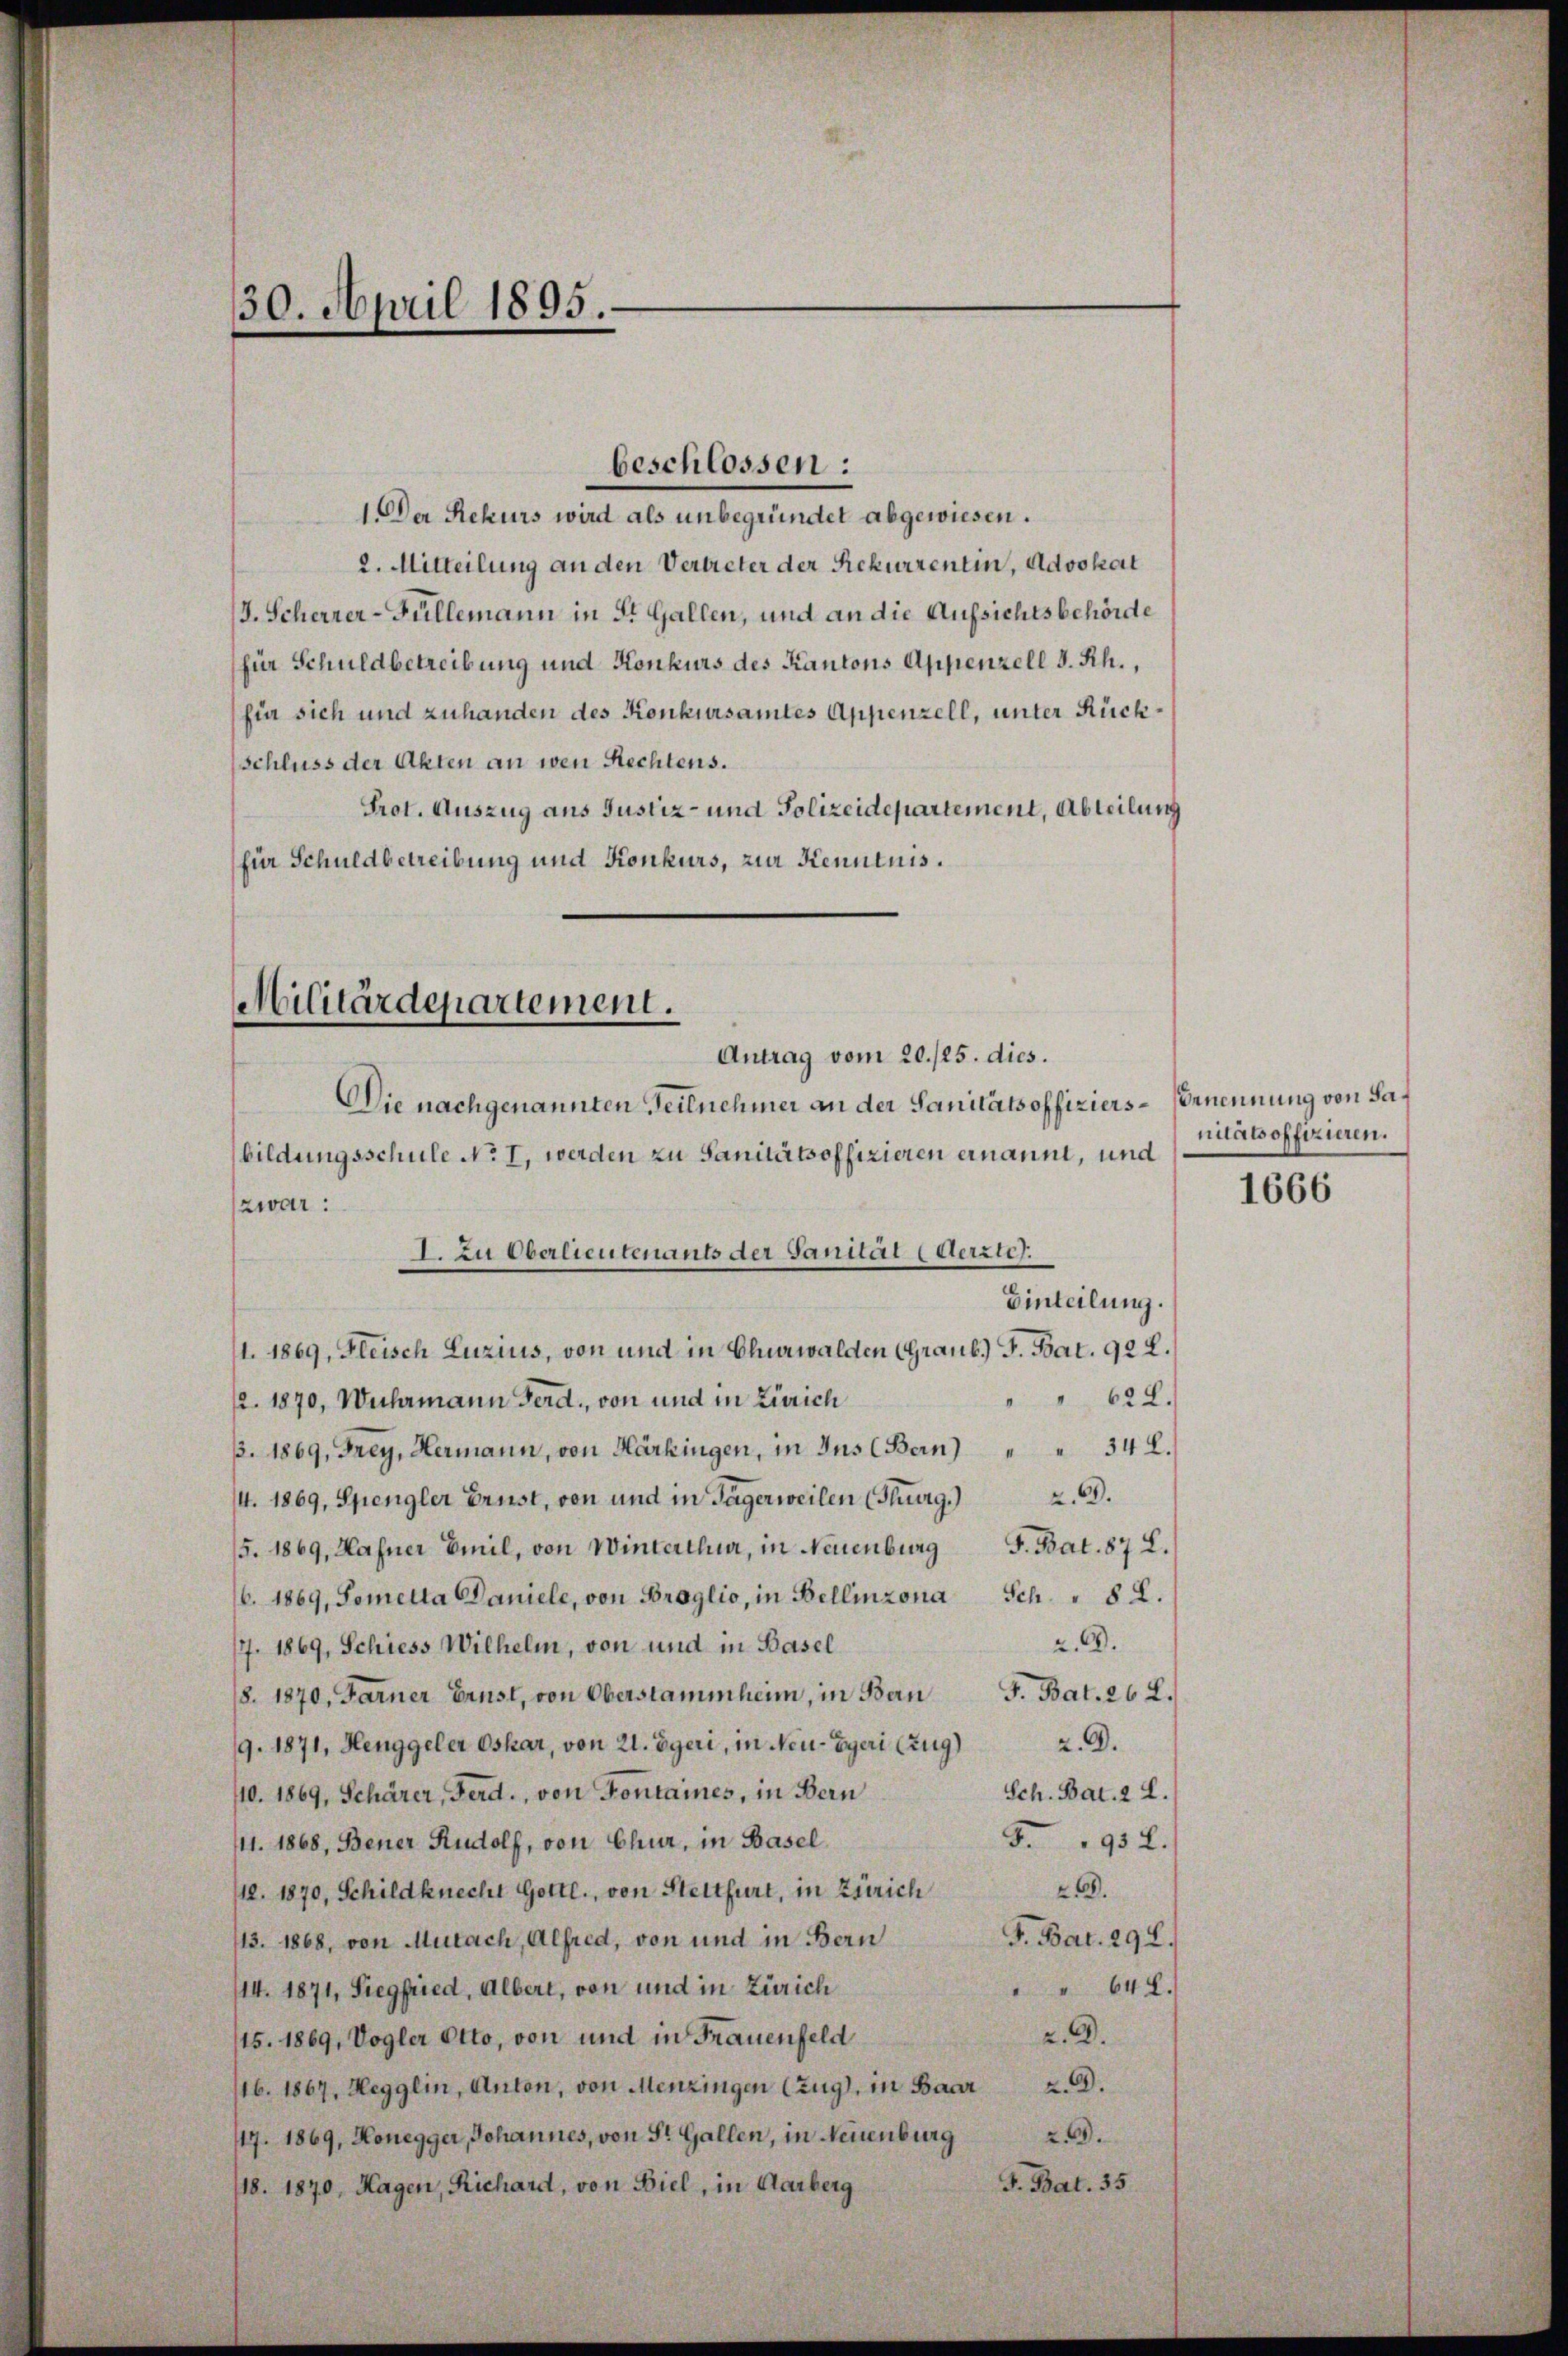
30. April 1895.

1 Der Rekurs wird als unbegründet abgewiesen.
2. Mitteilung an den Vertreter der Rekurrentin, Advokat
J. Scherrer-Füllemann in St. Gallen, und an die Aufsichtsbehörde
für Schuldbetreibung und Konkurs des Kantons Appenzell d. Rh.,
für sich und zuhanden des Konkursamtes Appenzell, unter Rück¬
(schluss der Akten an wen Rechtens.
Prot. Auszug aus Justiz- und Polizeidepartement, Abteilung
für Schuldbetreibung und Konkurs, zur Kenntnis.

Militärdepartement.
Antrag vom 20./25. dies.

zwar:

beschlossen:

Die nachgenannten Teilnehmer an der Sanitätsoffiziers-Ernennung von Sabildungsschule No. I, werden zu Sanitätsoffizieren ernannt, und
I. Zu Oberlieutenants der Sanital (Aerzte.
Einteilung.
1. 1869, Fleisch Luzius, von und in Churwalden (Graub. F. Bat. 922.
622.
12. 1870, Wuhrmann Ferd., von und in Zürich
/. 1869, Frey, Hermann, von Härkingen, in Ins (Bern) " " 342.
/4. 1869, Spengler Ernst, von und in Tägerweilen (Thurg. 23.
5. 1869, Hafner Emil, von Winterthur, in Neuenburg S. Bat. 87 L.
6. 1869, Sometta Daniele, von Broglio, in Bellinzona Sch." 82.
2.A.
17. 1869, Schiess Wilhelm, von und in Basel
(8. 1870, Farner Ernst, von Oberstammheim, in Ban J. Bat. 262.
/9. 1871, Henggeler Oskar, von 21. Egeri, in Neu- Egeri EZug) 2. A.
Sch. Bat. 2 L.
110. 1869, Schärer, Ferd., von Fontaines, in Bern
5.1952.
/11. 1868, Bener Rudolf, von Chur, in Basel
.
12. 1870, Schildknecht Gottl., von Stettfurt, in Zürich
F. Bat. 292.
113. 1868, von Mutach, Alfred, von und in Bern
" 648.
114. 1871, Siegfried, Albert, von und in Zürich
2.2.
15. 1869, Vogler Otto, von und in Frauenfeld
116. 1867, Hegglin, Anton, von Menzingen (Zug, in Baar Z. G.
47. 1869, Honegger, Johannes, von St. Gallen, in Neuenburg.
J. Bat. 35
/18. 1870, Hagen, Richard, von Biel, in Aarberg

nitätsoffizieren.

1666